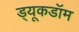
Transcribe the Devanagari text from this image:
ड्यूकडॉम